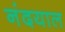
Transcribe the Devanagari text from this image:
नंदयाल